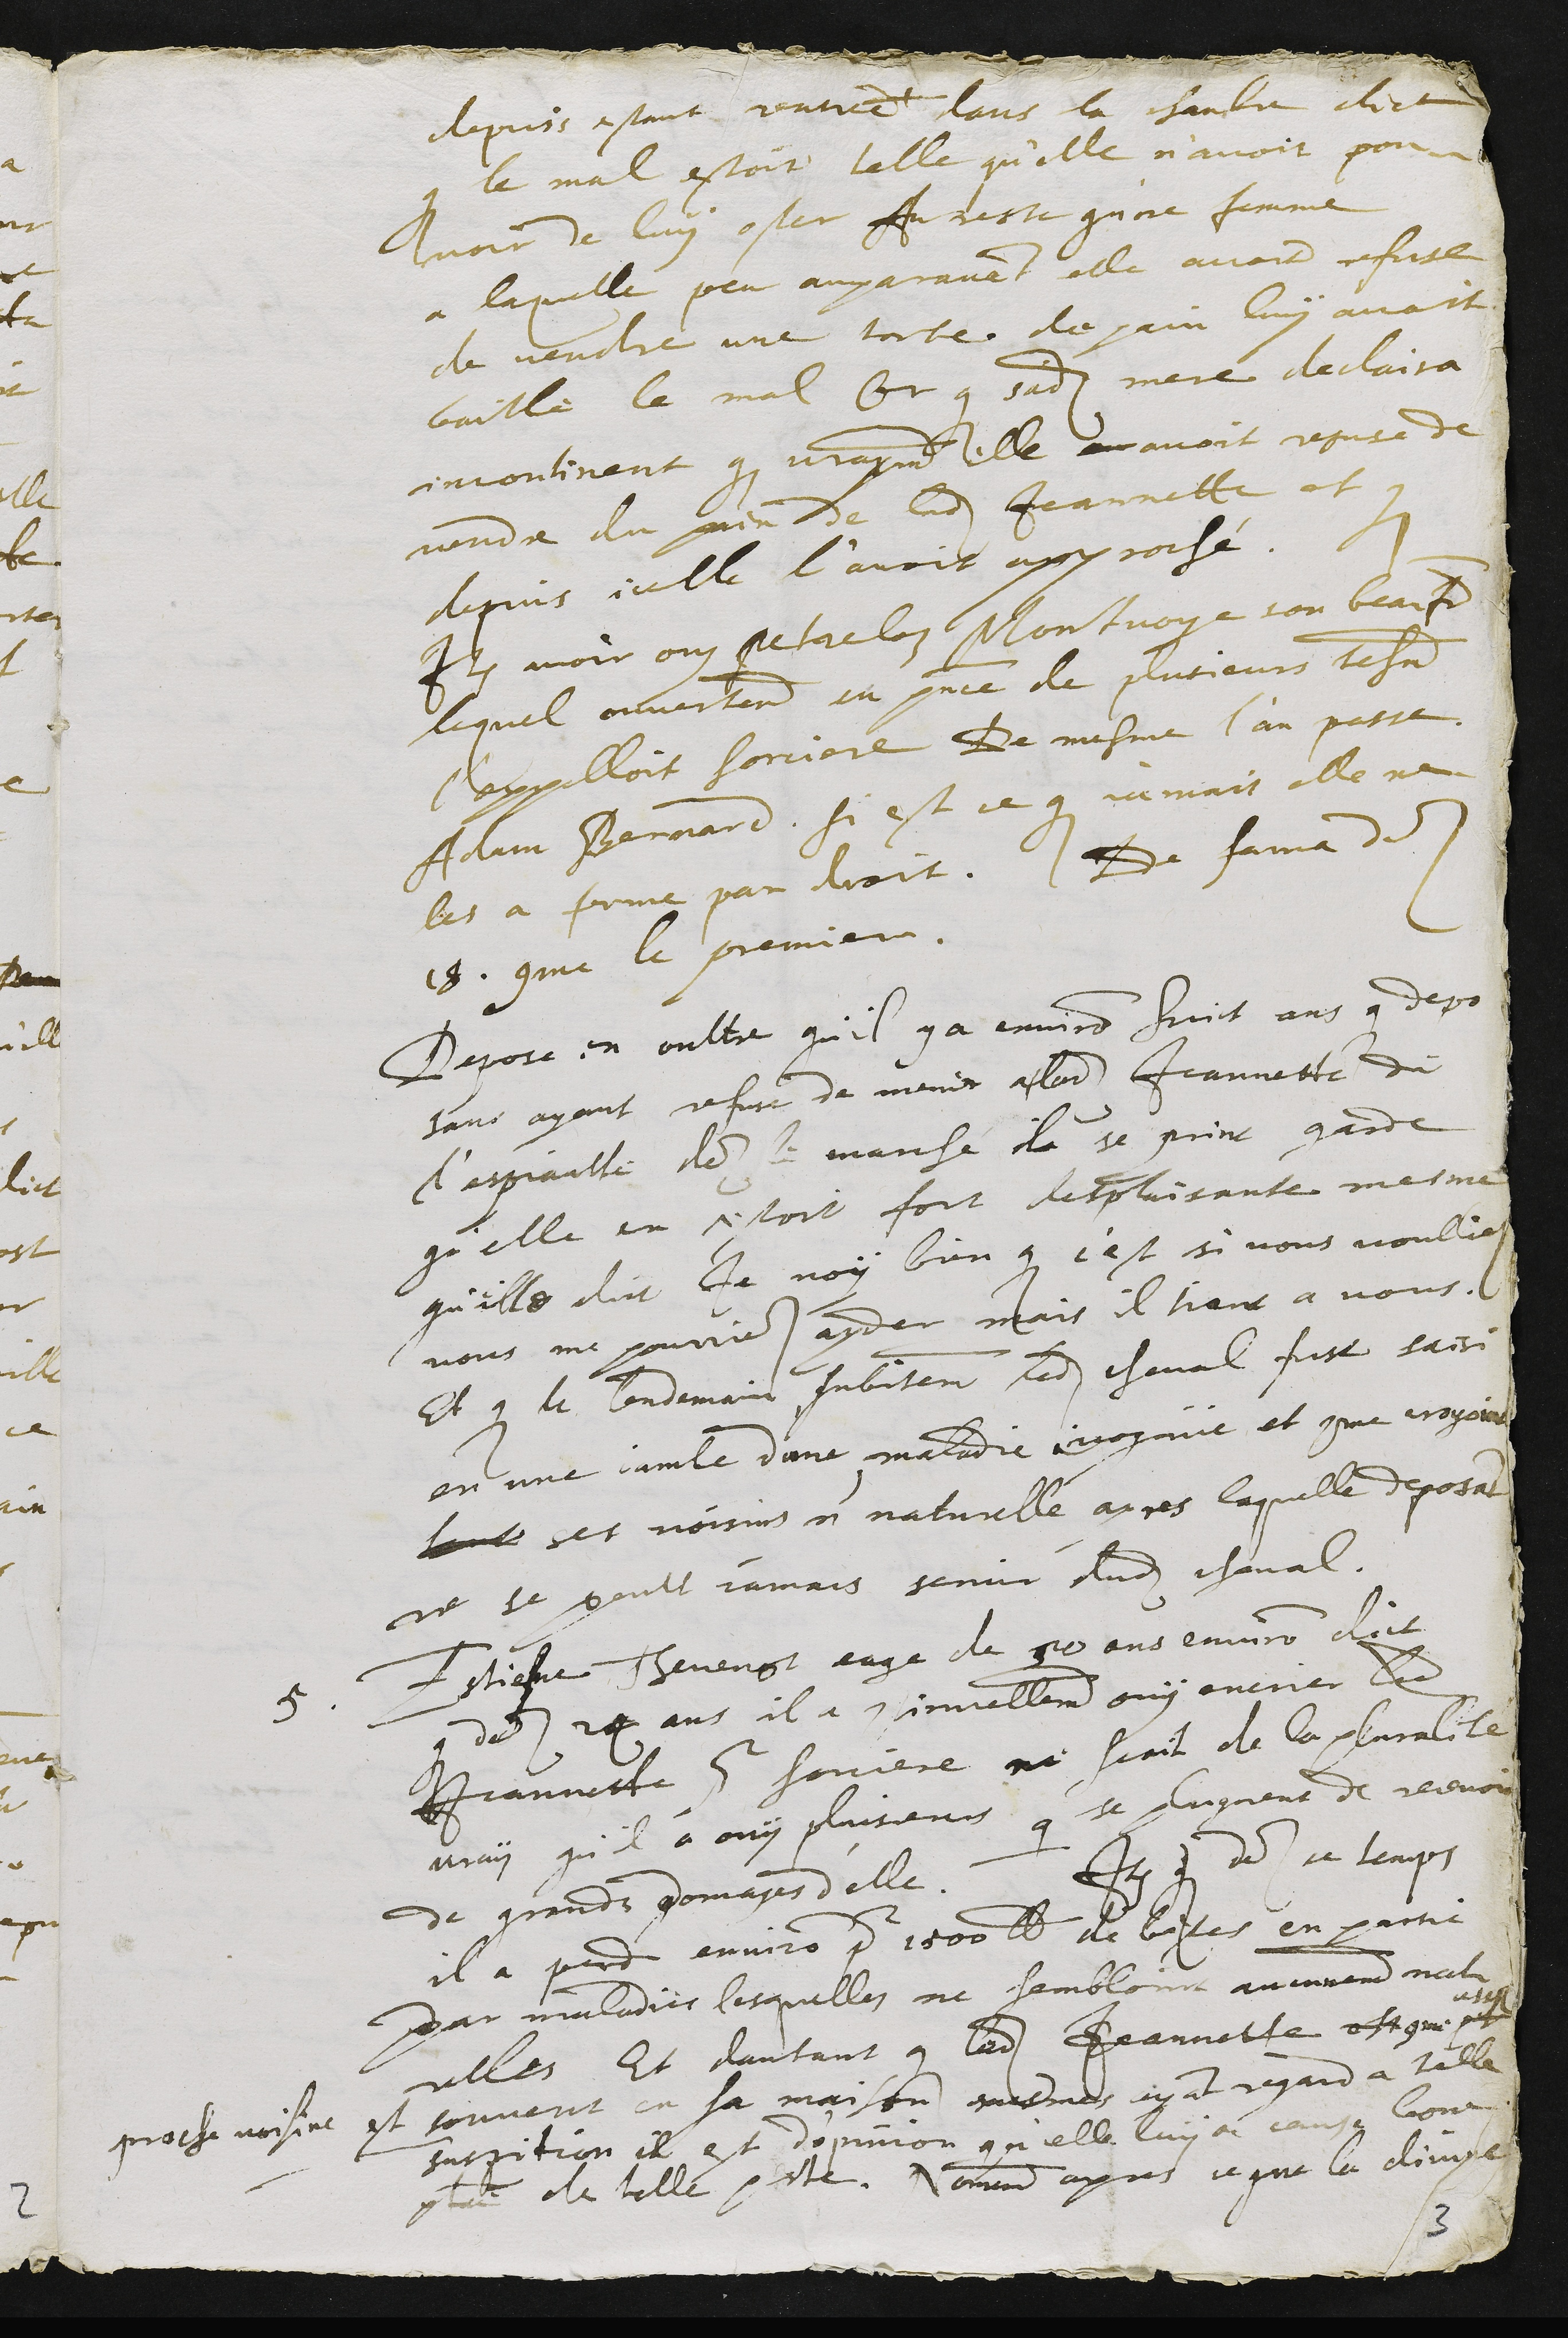
depuis estant rentree dans la chambre dict
que le mal estoit telle qu'elle n'avoit pou-
voir de luy oster Au reste qu'ne femme
a laquelle peu auparavant elle avoit refuse
de vendre une torte de pain luy avoit
baille le mal Or que sadite mere declaira
incontinent que auparavant elle au avoit refuse de
vendre du pain de ladite Jeannette et que
depuis icelle l'avoit approché.
Item avoir ouy Petreloz Montvoye son beau frere
lequel ouvertement en presence de plusieurs tesmoins
l'appelloit sorciere De mesme l'an passe
Adam Bernard si est ce que jamais elle ne
les a somme par droit. De fama des
18. comme le premier.
Depose en oultre qu'il y a environ huict ans que depo
sant ayant refusé de mener a ladite Jeannette de
l'espiaulte des le marche il se print garde
qu'elle en estoit fort desplaisante mesme
qu'elle dict Je voy bien que c'est si vous voulliez
vous me pourriez ayder mais il tient a vous.
Et que le lendemain subitement ledit cheval fust saisi
en une jambe d'une maladie incognüe et comme croyoient
touts ses voisins non naturelle apres laquelle deposant
ne se peult jamais servir dudit cheval.
5. Estiene Thevenot eage de 50 ans environ dict
que des 24 ans il a continuellement ouy encrier ladite
Jeannette pour sorciere ne scait de la pluralité
may qu'il a ouy plusieurs qui se plaignent de recevoir
de grands domages d'elle. Item que des ce temps
il a perdu environ pour 1500 livres de bestes en partie
par maladies lesquelles ne sembloint aucunement natu-
relles et dautant que ladite Jeannette est comme pet
assez
proche voisine est souvent en sa maison mesmes ayant regard a telle
suspition il est d'opinion qu'elle luy a cause bone
partie de telle peste. Nommement apres ce que la divine